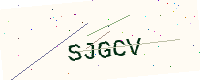
Text: SJGCV